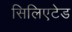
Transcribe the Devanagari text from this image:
सिलिएटेड